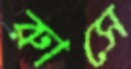
রাুসে